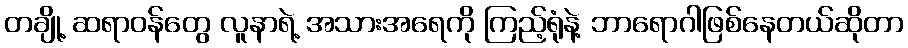
တချို့ ဆရာဝန်တွေ လူနာရဲ့ အသားအရေကို ကြည့်ရုံနဲ့ ဘာရောဂါဖြစ်နေတယ်ဆိုတာ